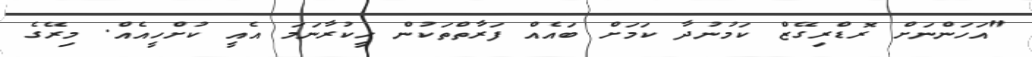
"އަހަންނަށް ރޮޑްރިގޭޒް ކަމުނުދާ ކަމަށް ބައެއް ފަރާތްތަކުން ހީކުރާނަމަ އެއީ ކުށްހީއެއް. މިރޭގެ